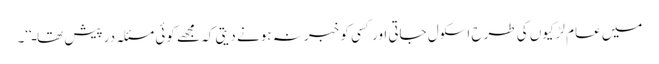
میں عام لڑکیوں کی طرح اسکول جاتی اور کسی کو خبر نہ ہونے دیتی کہ مجھے کوئی مسئلہ درپیش تھاـ‘‘۔